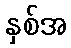
နှစ်အ